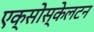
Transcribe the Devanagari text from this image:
एक्सोस्केलटन